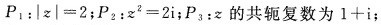
$$P _ { 1 } : | z | = 2$$ ; $$P _ { 2 } : z ^ {